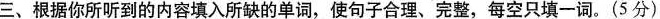
三、根据你所听到的内容填入所缺的单词，使句子合理、完整，每空只填一词。(5分)